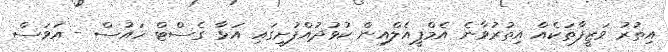
އިތުރު ވަޒީފާތަކެއް އިތުރުވާނެ އެމްޕީއެލްއިން ކުޅުދުއްފުށީގައި އަޅާ ގެސްޓް ހައުސް - އަވަސް